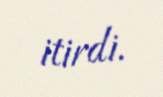
itirdi.